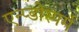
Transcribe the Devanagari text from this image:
एन्प्डोस्पर्म